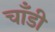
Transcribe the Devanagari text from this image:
चाँडी